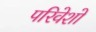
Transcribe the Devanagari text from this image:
परिवेशो